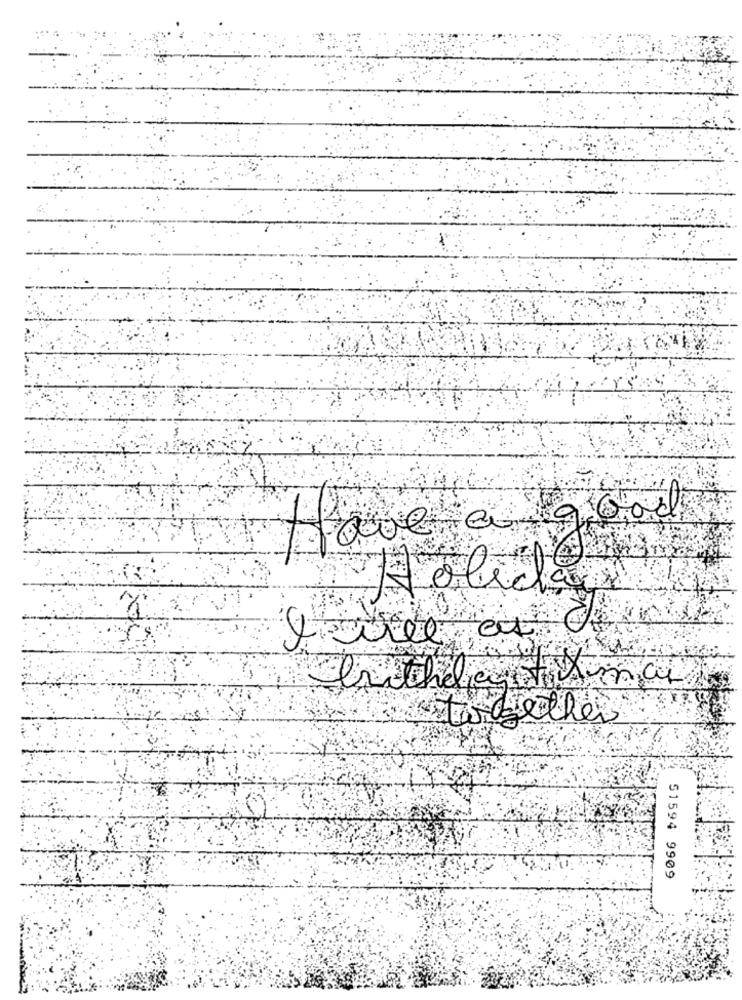
brithelegets
whether
51594 9909